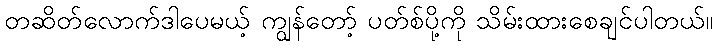
တဆိတ်လောက်ဒါပေမယ့် ကျွန်တော့် ပတ်စ်ပို့ကို သိမ်းထားစေချင်ပါတယ်။